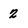
Character: 2